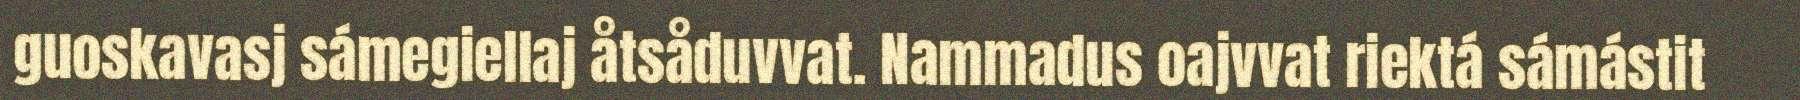
guoskavasj sámegiellaj åtsåduvvat. Nammadus oajvvat riektá sámástit